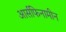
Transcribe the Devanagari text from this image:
आर्सफिनामीन